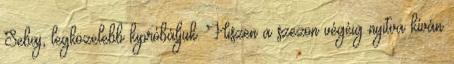
Sebaj, legközelebb kipróbáljuk. Hiszen a szezon végéig nyitva kíván